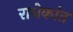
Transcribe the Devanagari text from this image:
राधेकांत